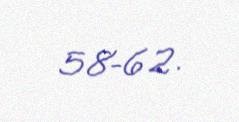
58–62.